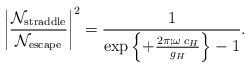
\begin{align*}\left|{ {\cal N}_{\mathrm{straddle}}\over {\cal N}_{\mathrm{escape}}} \right|^2 ={1\over {\exp\left\{ +{2\pi;\omega\; c_H\over g_H}\right\}} - 1 }.\end{align*}